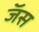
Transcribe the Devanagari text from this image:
जॅस